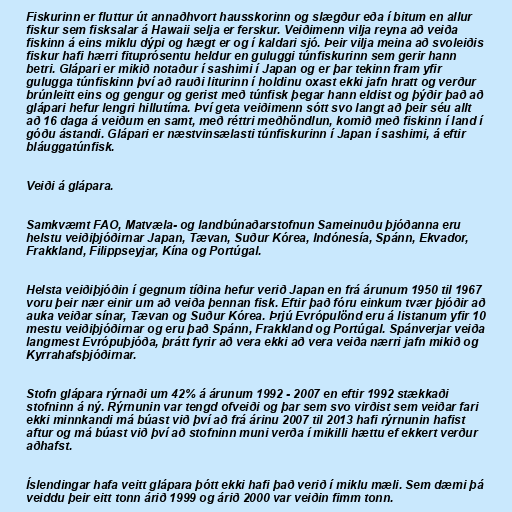
Fiskurinn er fluttur út annaðhvort hausskorinn og slægður eða í bitum en allur
fiskur sem fisksalar á Hawaii selja er ferskur. Veiðimenn vilja reyna að veiða
fiskinn á eins miklu dýpi og hægt er og í kaldari sjó. Þeir vilja meina að svoleiðis
fiskur hafi hærri fituprósentu heldur en guluggi túnfiskurinn sem gerir hann
betri. Glápari er mikið notaður í sashimi í Japan og er þar tekinn fram yfir
gulugga túnfiskinn því að rauði liturinn í holdinu oxast ekki jafn hratt og verður
brúnleitt eins og gengur og gerist með túnfisk þegar hann eldist og þýðir það að
glápari hefur lengri hillutíma. Því geta veiðimenn sótt svo langt að þeir séu allt
að 16 daga á veiðum en samt, með réttri meðhöndlun, komið með fiskinn í land í
góðu ástandi. Glápari er næstvinsælasti túnfiskurinn í Japan í sashimi, á eftir
bláuggatúnfisk.

Veiði á glápara.

Samkvæmt FAO, Matvæla- og landbúnaðarstofnun Sameinuðu þjóðanna eru
helstu veiðiþjóðirnar Japan, Tævan, Suður Kórea, Indónesía, Spánn, Ekvador,
Frakkland, Filippseyjar, Kína og Portúgal.

Helsta veiðiþjóðin í gegnum tíðina hefur verið Japan en frá árunum 1950 til 1967
voru þeir nær einir um að veiða þennan fisk. Eftir það fóru einkum tvær þjóðir að
auka veiðar sínar, Tævan og Suður Kórea. Þrjú Evrópulönd eru á listanum yfir 10
mestu veiðiþjóðirnar og eru það Spánn, Frakkland og Portúgal. Spánverjar veiða
langmest Evrópuþjóða, þrátt fyrir að vera ekki að vera veiða nærri jafn mikið og
Kyrrahafsþjóðirnar.

Stofn glápara rýrnaði um 42% á árunum 1992 - 2007 en eftir 1992 stækkaði
stofninn á ný. Rýrnunin var tengd ofveiði og þar sem svo virðist sem veiðar fari
ekki minnkandi má búast við því að frá árinu 2007 til 2013 hafi rýrnunin hafist
aftur og má búast við því að stofninn muni verða í mikilli hættu ef ekkert verður
aðhafst.

Íslendingar hafa veitt glápara þótt ekki hafi það verið í miklu mæli. Sem dæmi þá
veiddu þeir eitt tonn árið 1999 og árið 2000 var veiðin fimm tonn.